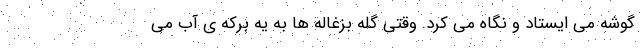
گوشه می ایستاد و نگاه می کرد. وقتی گله بزغاله ها به یه برکه ی آب می